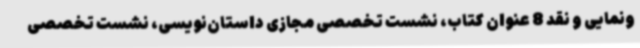
ونمایی و نقد 8 عنوان کتاب، نشست تخصصی مجازی داستان‌نویسی، نشست تخصصی